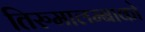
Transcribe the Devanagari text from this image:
तिरुमालम्बाको